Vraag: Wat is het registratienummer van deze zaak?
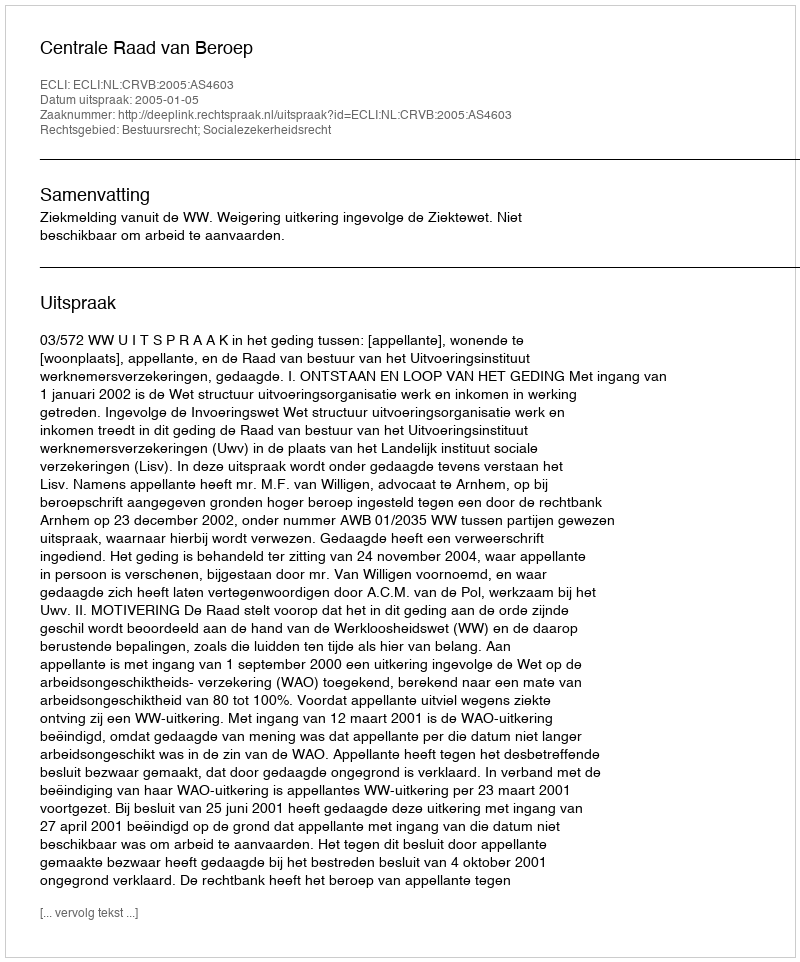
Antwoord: http://deeplink.rechtspraak.nl/uitspraak?id=ECLI:NL:CRVB:2005:AS4603